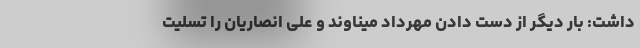
داشت: بار دیگر از دست دادن مهرداد میناوند و علی انصاریان را تسلیت